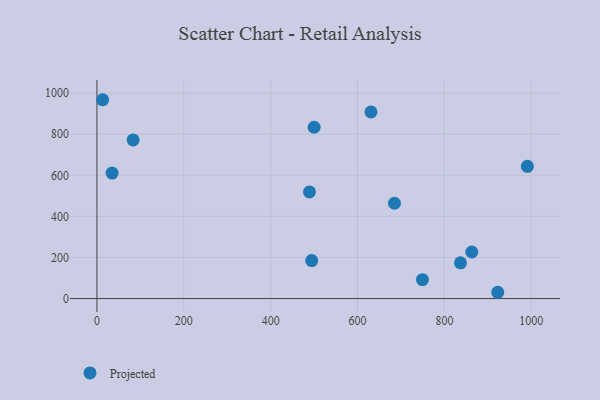
{"axis": {"x": "Engine Size", "y": "Rating"}, "legend": ["Projected"], "data": [{"x": "922.8", "y": 30.6, "type": "Projected"}, {"x": "749.5", "y": 92.0, "type": "Projected"}, {"x": "13.1", "y": 967.9, "type": "Projected"}, {"x": "631.0", "y": 908.7, "type": "Projected"}, {"x": "685.1", "y": 464.0, "type": "Projected"}, {"x": "34.9", "y": 610.7, "type": "Projected"}, {"x": "991.1", "y": 643.8, "type": "Projected"}, {"x": "83.3", "y": 772.1, "type": "Projected"}, {"x": "494.5", "y": 184.7, "type": "Projected"}, {"x": "500.1", "y": 833.9, "type": "Projected"}, {"x": "863.2", "y": 226.7, "type": "Projected"}, {"x": "837.1", "y": 173.8, "type": "Projected"}, {"x": "489.4", "y": 519.3, "type": "Projected"}]}